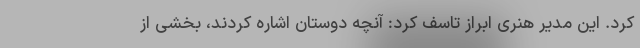
کرد. این مدیر هنری ابراز تاسف کرد: آنچه دوستان اشاره کردند، بخشی از